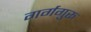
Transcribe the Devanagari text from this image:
गर्गगुरू